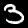
Label: 3